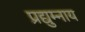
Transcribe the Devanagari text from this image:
प्रद्युम्नाय